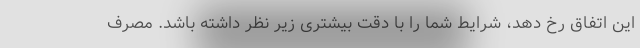
این اتفاق رخ دهد، شرایط شما را با دقت بیشتری زیر نظر داشته باشد. مصرف